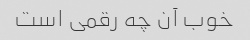
خوب آن چه رقمی است